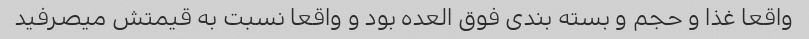
واقعا غذا و حجم و بسته بندی فوق العده بود و واقعا نسبت به قیمتش میصرفید